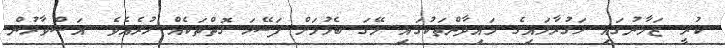
ކުރީ ޒަމާނުގައި ހަގުރާމައިގެ މައިދާންތަކުގައި މޭގަ ބެލުމަށް ފަސޭހަ ގޮތްތަކެއް ހުރެއެވެ. އަސްވާރުން